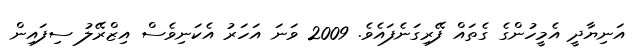
އަނިޔާދީ އެމީހުންގެ ގެތައް ފޭރިގަނެފައެވެ. 2009 ވަނަ އަހަރު އެކަނިވެސް އިޒްރޭލު ސިފައިން